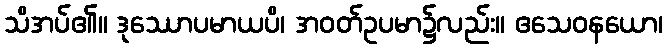
သိအပ်၏။ ဒုဿောပမာယပိ၊ အဝတ်ဥပမာ၌လည်း။ ဧသေဝနယော၊